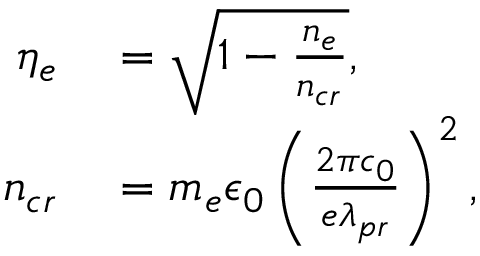
\begin{array} { r l } { \eta _ { e } } & { { } = \sqrt { 1 - \frac { n _ { e } } { n _ { c r } } } , } \\ { n _ { c r } } & { { } = m _ { e } \epsilon _ { 0 } \left( \frac { 2 \pi c _ { 0 } } { e \lambda _ { p r } } \right) ^ { 2 } , } \end{array}